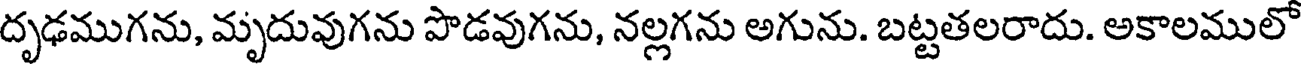
దృఢముగను, మృదువుగను పొడవుగను, నల్లగను అగును. బట్టతలరాదు. అకాలములో